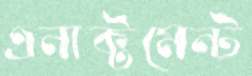
এনাক্টমেন্ট